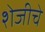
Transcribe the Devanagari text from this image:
शेजीचे